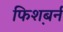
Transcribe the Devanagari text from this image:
फिश़बर्न